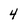
Character: 4